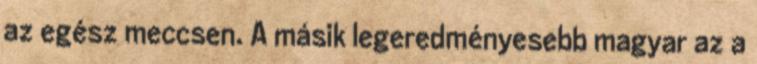
az egész meccsen. A másik legeredményesebb magyar az a